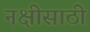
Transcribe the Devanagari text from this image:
नक्षीसाठी